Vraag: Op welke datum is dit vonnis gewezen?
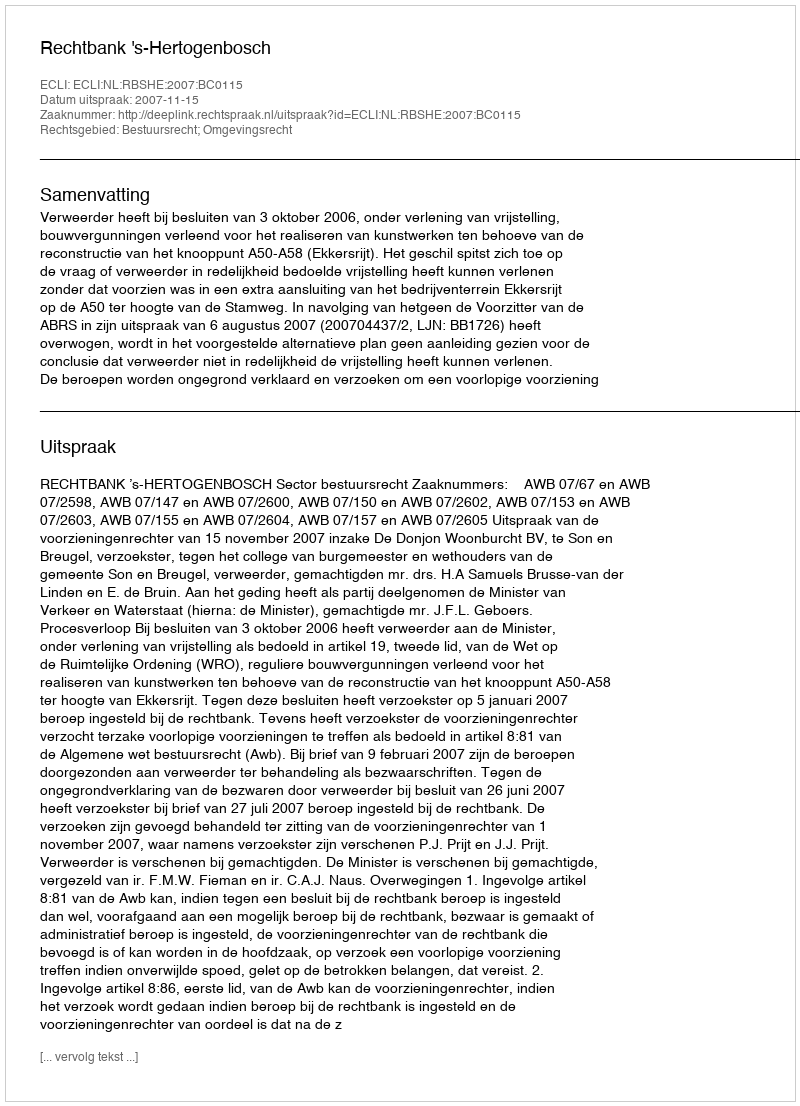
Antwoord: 2007-11-15